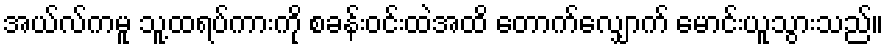
အယ်လ်ကမူ သူ့ထရပ်ကားကို စခန်းဝင်းထဲအထိ တောက်လျှောက် မောင်းယူသွားသည်။